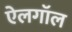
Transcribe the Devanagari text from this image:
ऐलगॉल